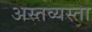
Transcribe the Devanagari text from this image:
अस्तव्यस्ता